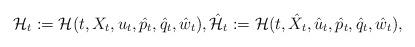
LaTeX: \begin{align*}\mathcal{H}_t:= \mathcal{H}(t, X_t, u_t, \hat{p}_t, \hat{q}_t, \hat{w}_t), \hat{\mathcal{H}}_t :=\mathcal{H}(t, \hat{X}_t, \hat{u}_t, \hat{p}_t, \hat{q}_t, \hat{w}_t),\end{align*}